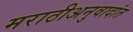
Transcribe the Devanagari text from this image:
मराठीअनुवादांत